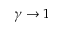
\gamma \rightarrow 1